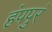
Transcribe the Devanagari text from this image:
हंपपुरं